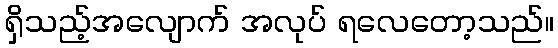
ရှိသည့်အလျောက် အလုပ် ရလေတော့သည်။